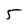
Character: 5